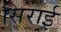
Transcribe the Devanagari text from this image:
सिराई